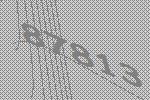
87813